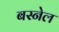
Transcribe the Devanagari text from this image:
बस्नेल